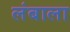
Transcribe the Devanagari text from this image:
लंबाला